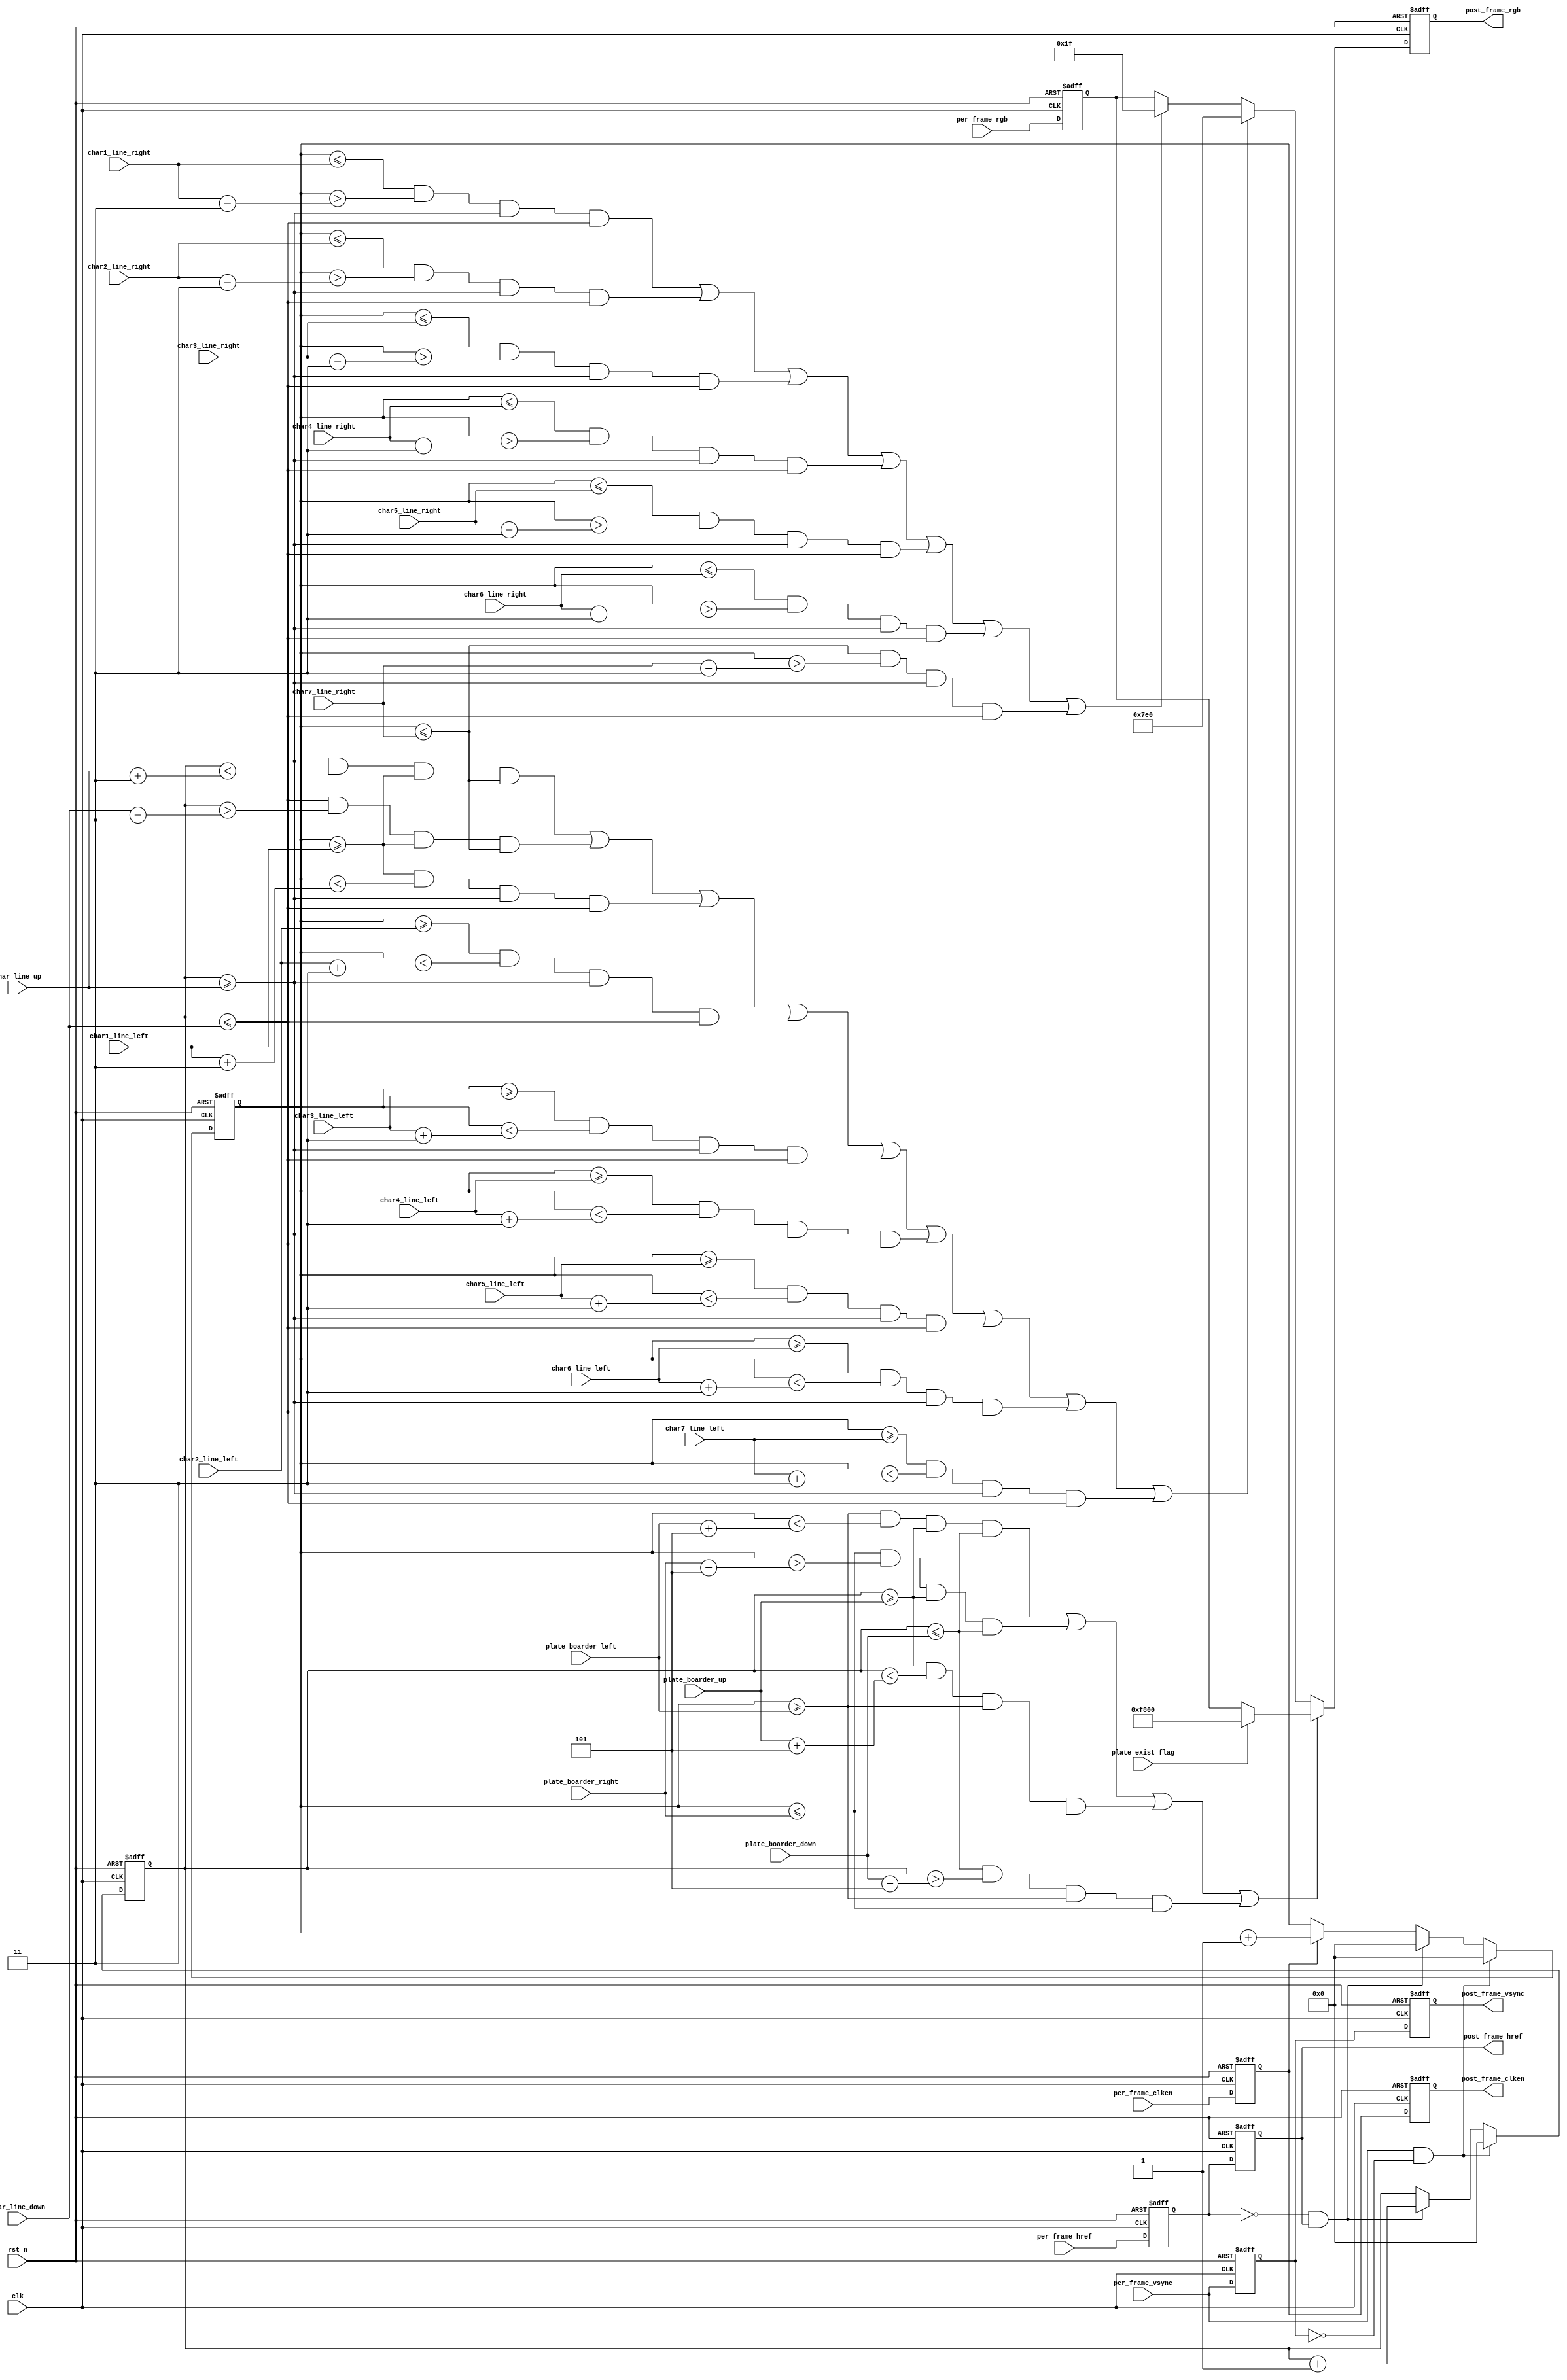
//1.5
//2.3
module add_grid # (
	parameter	[9:0]	PLATE_WIDTH = 10'd5,
	parameter	[9:0]	CHAR_WIDTH  = 10'd3
)(
    input               clk             ,   // 
    input               rst_n           ,   // 
    //
	input				per_frame_vsync     ,
	input				per_frame_href      ,	
	input				per_frame_clken     ,
	input    [15:0]     per_frame_rgb       ,		
    //
    input    [9:0]      plate_boarder_up 	,//
    input    [9:0]      plate_boarder_down	,
    input    [9:0]      plate_boarder_left  ,   
    input    [9:0]      plate_boarder_right ,
    input               plate_exist_flag    ,
    //
    input    [9:0]     char_line_up 	    ,
    input    [9:0]     char_line_down	    ,
    input    [9:0]     char1_line_left      ,
    input    [9:0]     char1_line_right     ,
    input    [9:0]     char2_line_left      ,
    input    [9:0]     char2_line_right     ,
    input    [9:0]     char3_line_left      ,
    input    [9:0]     char3_line_right     ,
    input    [9:0]     char4_line_left      ,
    input    [9:0]     char4_line_right     ,
    input    [9:0]     char5_line_left      ,
    input    [9:0]     char5_line_right     ,
    input    [9:0]     char6_line_left      ,
    input    [9:0]     char6_line_right     ,
    input    [9:0]     char7_line_left      ,
    input    [9:0]     char7_line_right     ,
    //
	output             post_frame_vsync     ,	
	output             post_frame_href      ,	
	output             post_frame_clken     ,	
	output reg [15:0]  post_frame_rgb       
);
reg			per_frame_vsync_r;
reg			per_frame_href_r;	
reg			per_frame_clken_r;
reg [15:0]  per_frame_rgb_r;

reg			per_frame_vsync_r2;
reg			per_frame_href_r2;	
reg			per_frame_clken_r2;
reg [15:0]  per_frame_rgb_r2;

assign	post_frame_vsync 	= 	per_frame_vsync_r2;
assign	post_frame_href 	= 	per_frame_href_r2;	
assign	post_frame_clken 	= 	per_frame_clken_r2;
//assign  post_frame_rgb     	=   per_frame_rgb_r2;
//------------------------------------------
//lag 1 
always@(posedge clk or negedge rst_n)
begin
	if(!rst_n)
		begin
		per_frame_vsync_r2 	<= 0;
		per_frame_href_r2 	<= 0;
		per_frame_clken_r2 	<= 0;
		per_frame_rgb_r2		<= 0;
		end
	else
		begin
		per_frame_vsync_r2 	<= 	per_frame_vsync_r 	;
		per_frame_href_r2	<= 	per_frame_href_r 	;
		per_frame_clken_r2 	<= 	per_frame_clken_r 	;
		per_frame_rgb_r2		<= 	per_frame_rgb_r		;
		end
end

always@(posedge clk or negedge rst_n)
begin
	if(!rst_n)
		begin
		per_frame_vsync_r 	<= 0;
		per_frame_href_r 	<= 0;
		per_frame_clken_r 	<= 0;
		per_frame_rgb_r		<= 0;
		end
	else
		begin
		per_frame_vsync_r 	<= 	per_frame_vsync	;
		per_frame_href_r	<= 	per_frame_href	;
		per_frame_clken_r 	<= 	per_frame_clken	;
		per_frame_rgb_r	    <= 	per_frame_rgb   ;
	    end
end

//
wire vsync_pos_flag;
wire vsync_neg_flag;
wire href_pos_flag;
wire hrefr_neg_flag;
assign vsync_pos_flag = per_frame_vsync    & (~per_frame_vsync_r);
assign vsync_neg_flag = (~per_frame_vsync) & per_frame_vsync_r;
assign href_pos_flag = per_frame_href_r    & (~per_frame_href_r2);
assign hrefr_neg_flag = (~per_frame_href_r) & per_frame_href_r2;

//------------------------------------------
//"/"
reg [9:0]  	x_cnt;
reg [9:0]   y_cnt;
always@(posedge clk or negedge rst_n)
begin
	if(!rst_n)begin
        x_cnt <= 10'd0;
        y_cnt <= 10'd0;
    end
	else if(vsync_pos_flag)begin
        x_cnt <= 10'd0;
        y_cnt <= 10'd0;
    end
    else if(hrefr_neg_flag)begin
        x_cnt <= 10'd0;
        y_cnt <= y_cnt + 1'b1;
    end
    else if(per_frame_clken_r) begin
        x_cnt <= x_cnt + 1'b1;
    end
end

//------------------------------------------
//
always @(posedge clk or negedge rst_n)
if(!rst_n)
    post_frame_rgb <= 16'd0;
else begin
    if(((x_cnt >= plate_boarder_left ) && (x_cnt < plate_boarder_left +PLATE_WIDTH) &&
        (y_cnt >= plate_boarder_up   ) && (y_cnt <= plate_boarder_down )               ) ||//
       ((x_cnt <= plate_boarder_right) && (x_cnt > plate_boarder_right-PLATE_WIDTH) &&
        (y_cnt >= plate_boarder_up   ) && (y_cnt <= plate_boarder_down )               ) ||//
       ((y_cnt >= plate_boarder_up   ) && (y_cnt < plate_boarder_up   +PLATE_WIDTH) &&
        (x_cnt >= plate_boarder_left ) && (x_cnt <= plate_boarder_right)               ) ||//
       ((y_cnt <= plate_boarder_down ) && (y_cnt > plate_boarder_down -PLATE_WIDTH) &&
        (x_cnt >= plate_boarder_left ) && (x_cnt <= plate_boarder_right)               )   //
       ) //
        post_frame_rgb <= plate_exist_flag ? 16'hf800 : per_frame_rgb_r;//11111_000000_00000
    else if(((y_cnt >= char_line_up   ) && (y_cnt < char_line_up  +CHAR_WIDTH) &&
             (x_cnt >= char1_line_left) && (x_cnt <= char7_line_right)               ) ||//
            ((y_cnt <= char_line_down ) && (y_cnt > char_line_down-CHAR_WIDTH) &&
             (x_cnt >= char1_line_left) && (x_cnt <= char7_line_right)               ) ||//
            ((x_cnt >= char1_line_left ) && (x_cnt < char1_line_left +CHAR_WIDTH) &&
             (y_cnt >= char_line_up    ) && (y_cnt <= char_line_down )               ) ||//1
            ((x_cnt >= char2_line_left ) && (x_cnt < char2_line_left +CHAR_WIDTH) &&
             (y_cnt >= char_line_up    ) && (y_cnt <= char_line_down )               ) ||//2
            ((x_cnt >= char3_line_left ) && (x_cnt < char3_line_left +CHAR_WIDTH) &&
             (y_cnt >= char_line_up    ) && (y_cnt <= char_line_down )               ) ||//3
            ((x_cnt >= char4_line_left ) && (x_cnt < char4_line_left +CHAR_WIDTH) &&
             (y_cnt >= char_line_up    ) && (y_cnt <= char_line_down )               ) ||//4
            ((x_cnt >= char5_line_left ) && (x_cnt < char5_line_left +CHAR_WIDTH) &&
             (y_cnt >= char_line_up    ) && (y_cnt <= char_line_down )               ) ||//5
            ((x_cnt >= char6_line_left ) && (x_cnt < char6_line_left +CHAR_WIDTH) &&
             (y_cnt >= char_line_up    ) && (y_cnt <= char_line_down )               ) ||//6
            ((x_cnt >= char7_line_left ) && (x_cnt < char7_line_left +CHAR_WIDTH) &&
             (y_cnt >= char_line_up    ) && (y_cnt <= char_line_down )               )   //7
       )//
        post_frame_rgb <= 16'h07e0;//00000_111111_00000
    else if(((x_cnt <= char1_line_right) && (x_cnt > char1_line_right-CHAR_WIDTH) &&
             (y_cnt >= char_line_up    ) && (y_cnt <= char_line_down )               ) ||//1
            ((x_cnt <= char2_line_right) && (x_cnt > char2_line_right-CHAR_WIDTH) &&
             (y_cnt >= char_line_up    ) && (y_cnt <= char_line_down )               ) ||//2
            ((x_cnt <= char3_line_right) && (x_cnt > char3_line_right-CHAR_WIDTH) &&
             (y_cnt >= char_line_up    ) && (y_cnt <= char_line_down )               ) ||//3
            ((x_cnt <= char4_line_right) && (x_cnt > char4_line_right-CHAR_WIDTH) &&
             (y_cnt >= char_line_up    ) && (y_cnt <= char_line_down )               ) ||//4
            ((x_cnt <= char5_line_right) && (x_cnt > char5_line_right-CHAR_WIDTH) &&
             (y_cnt >= char_line_up    ) && (y_cnt <= char_line_down )               ) ||//5
            ((x_cnt <= char6_line_right) && (x_cnt > char6_line_right-CHAR_WIDTH) &&
             (y_cnt >= char_line_up    ) && (y_cnt <= char_line_down )               ) ||//6
            ((x_cnt <= char7_line_right) && (x_cnt > char7_line_right-CHAR_WIDTH) &&
             (y_cnt >= char_line_up    ) && (y_cnt <= char_line_down )               )   //7
       )//
        post_frame_rgb <= 16'h001f;//00000_000000_11111
    else
        post_frame_rgb <= per_frame_rgb_r;
end

endmodule